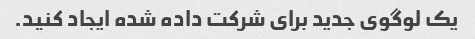
یک لوگوی جدید برای شرکت داده شده ایجاد کنید.